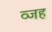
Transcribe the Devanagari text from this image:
व्जह